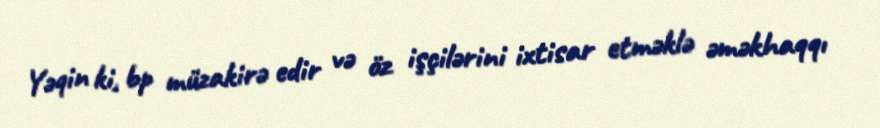
Yəqin ki, bp müzakirə edir və öz işçilərini ixtisar etməklə əməkhaqqı